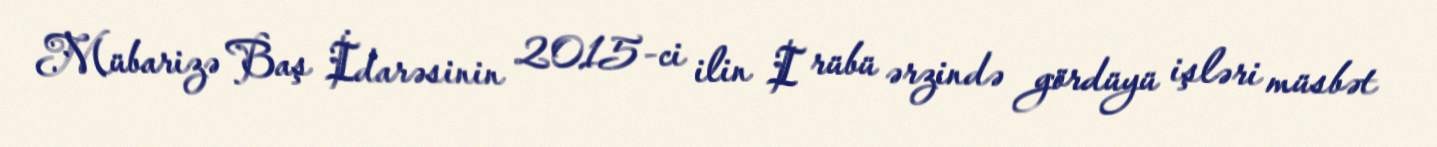
Mübarizə Baş İdarəsinin 2015-ci ilin I rübü ərzində gördüyü işləri müsbət